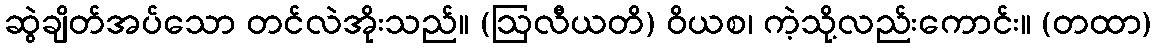
ဆွဲချိတ်အပ်သော တင်လဲအိုးသည်။ (ဩလီယတိ) ဝိယစ၊ ကဲ့သို့လည်းကောင်း။ (တထာ)